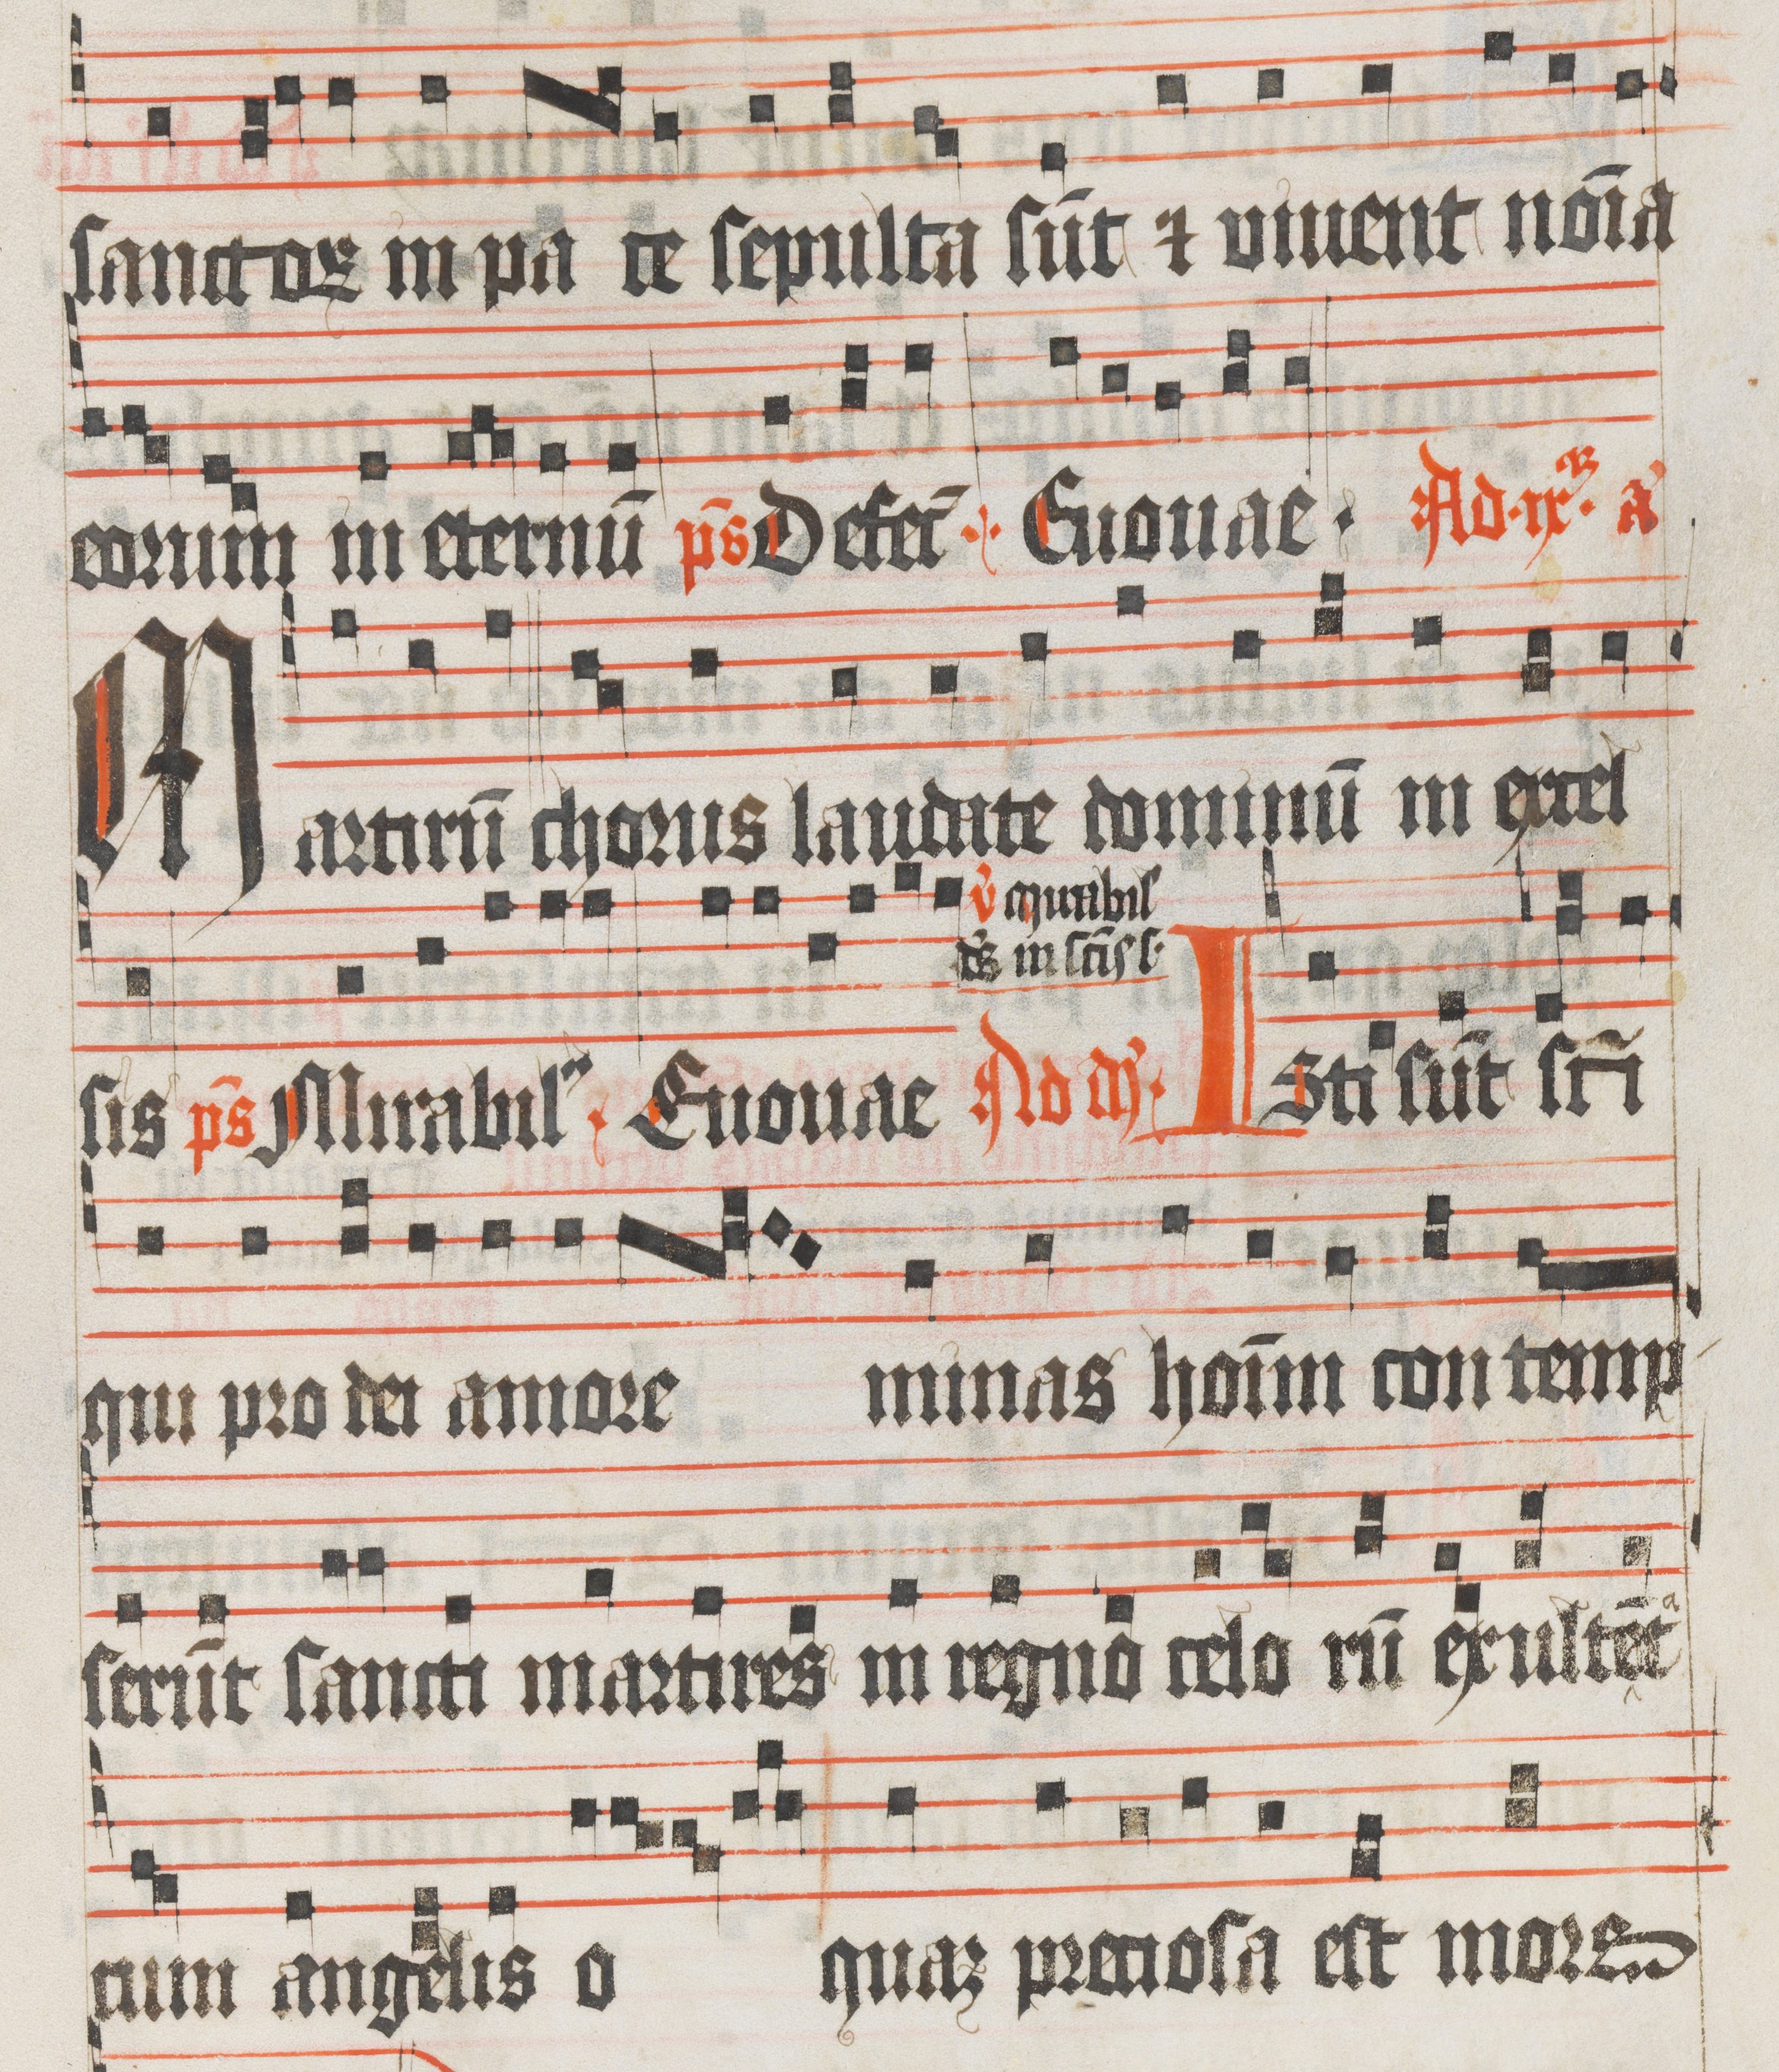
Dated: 1485–1515